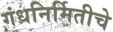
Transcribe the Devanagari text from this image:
गंधनिर्मितीचे